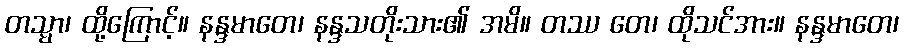
တသ္မာ၊ ထို့ကြောင့်။ နန္ဒမာတေ၊ နန္ဒသတိုးသား၏ အမိ။ တဿ တေ၊ ထိုသင်အား။ နန္ဒမာတေ၊